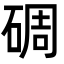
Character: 碉